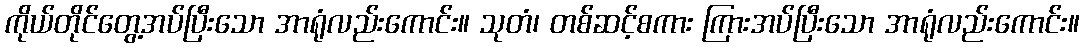
ကိုယ်တိုင်တွေ့အပ်ပြီးသော အာရုံလည်းကောင်း။ သုတံ၊ တစ်ဆင့်စကား ကြားအပ်ပြီးသော အာရုံလည်းကောင်း။